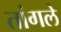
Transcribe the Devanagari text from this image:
तांगले